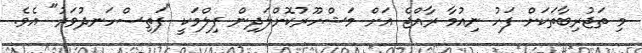
މި ތަޖުރިބާތަކަށް ފަހު ނިއުމާ ރާއްޖެ އަށް މަޝްހޫރުކޮށްލަދިން ފިލްމަކީ "ފަތިސްހަނދުވަރު" އެވެ.